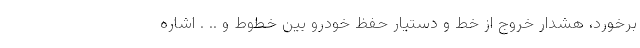
برخورد، هشدار خروج از خط و دستیار حفظ خودرو بین خطوط و .. . اشاره